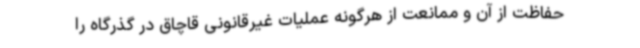
حفاظت از آن و ممانعت از هرگونه عملیات غیرقانونی قاچاق در گذرگاه را